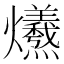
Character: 𤓚